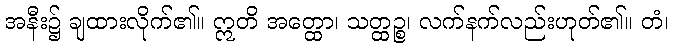
အနီး၌ ချထားလိုက်၏။ ဣတိ အတ္ထော၊ သတ္ထဉ္စ၊ လက်နက်လည်းဟုတ်၏။ တံ၊